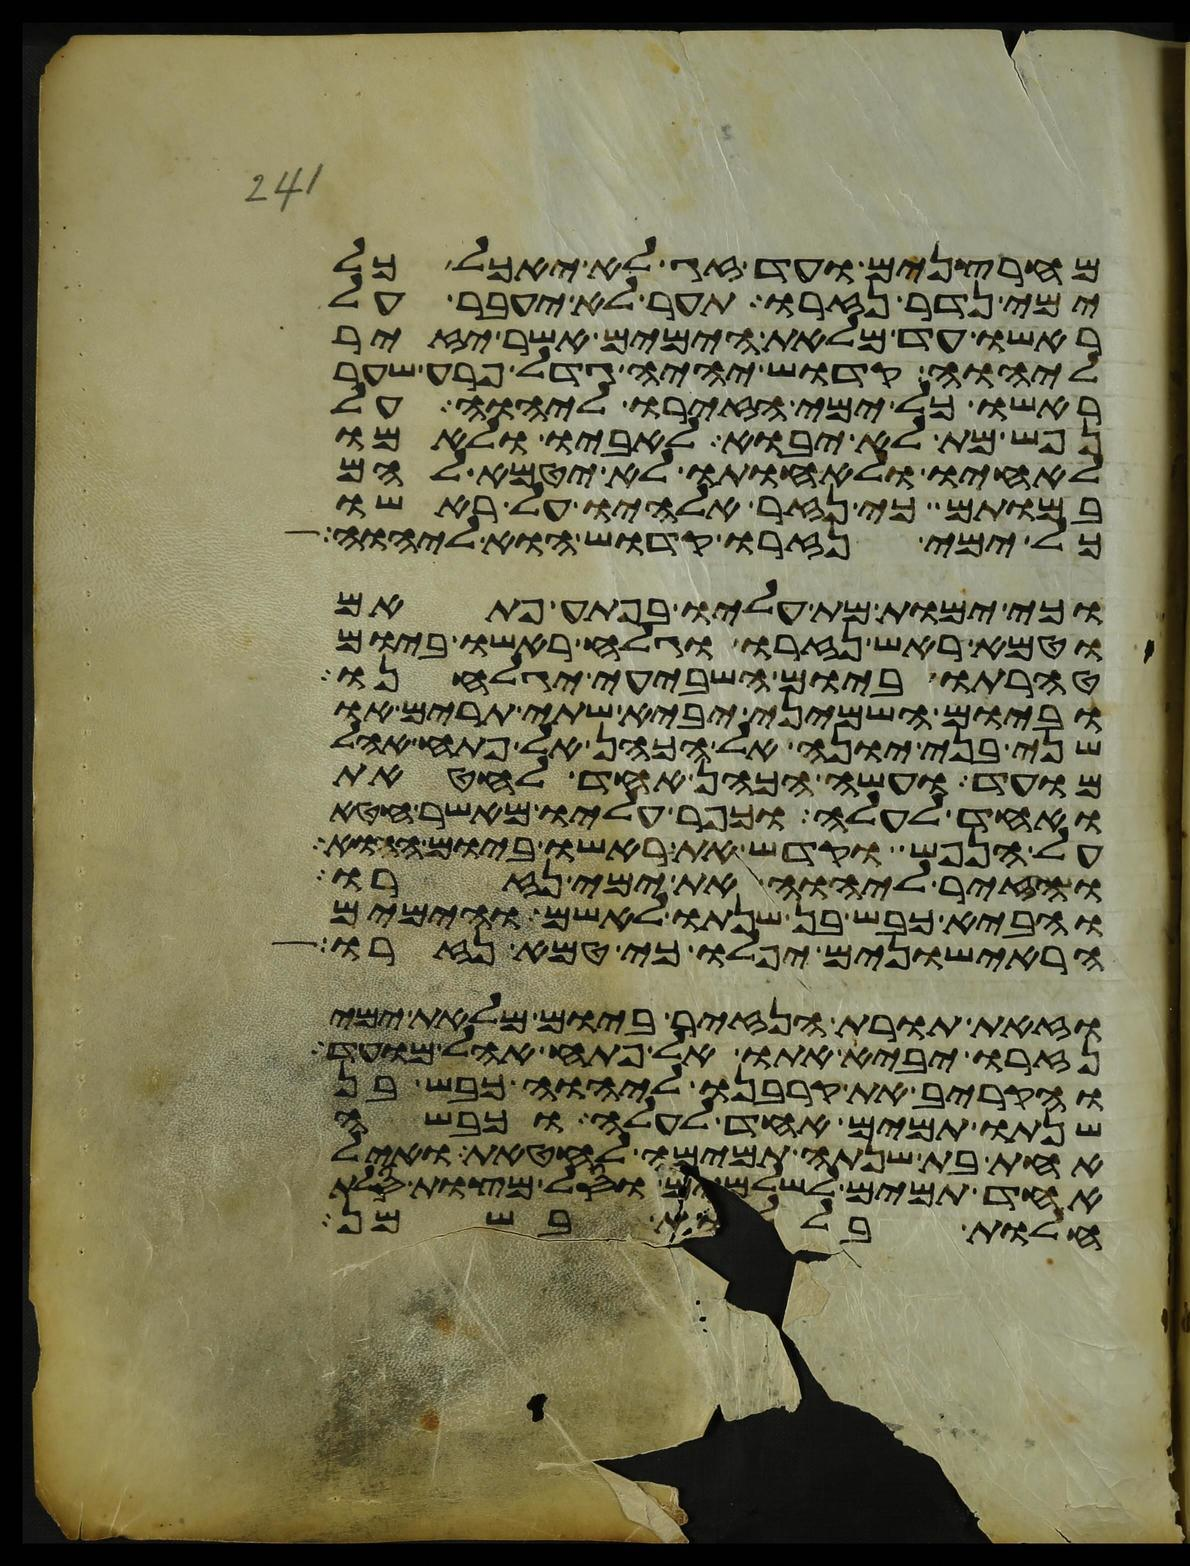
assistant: מחרצנים ועד זג לא יאכל כל
ימי נדר נזרו תער לא יעבר על
ראשו עד מלאת הימים אשר יזיר
ליהוה קדוש יהיה גדל פרע שער
ראשו כל ימי הזירו ליהוה על
נפש מת לא יבוא לאביו ולאמו
לאחיו ולאחותו לא יטמא להם
במותם כי נזר אלהיו על ראשו
כל ימי נזרו קדוש הוא ליהוה
וכי ימות מת עליו בפתע פתאם
וטמא ראש נזרו וגלח ראשו ביום
טהרתו ביום השביעי יגלחנו
וביום השמיני יביא שתי תרים או
שני בני יונה אל הכהן אל פתח אהל
מועד ועשה הכהן אחד לחטאת
ואחד לעלה וכפר עליו מאשר חטא
על הנפש וקדש את ראשו ביום ההוא
והזיר ליהוה את ימי נזרו
והביא כבש בן שנתו לאשם והימים
הראישונים יפלו כי טמא נזרו
וזאת תורת הנזיר ביום מלאת ימי
נזרו יביא אתו אל פתח אהל מועד
והקריב את קרבנו ליהוה כבש בן
שנתו תמים אחד לעלה וכבשה
אחת בת שנתה תמימה לחטאת ואיל
אחד תמים לשלמים וסל מצות סלת
חלות בללות בשמן